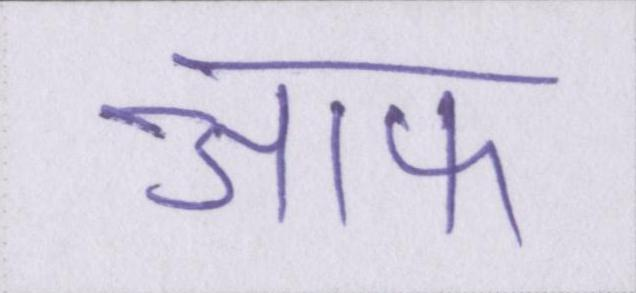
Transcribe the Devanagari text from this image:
आफ